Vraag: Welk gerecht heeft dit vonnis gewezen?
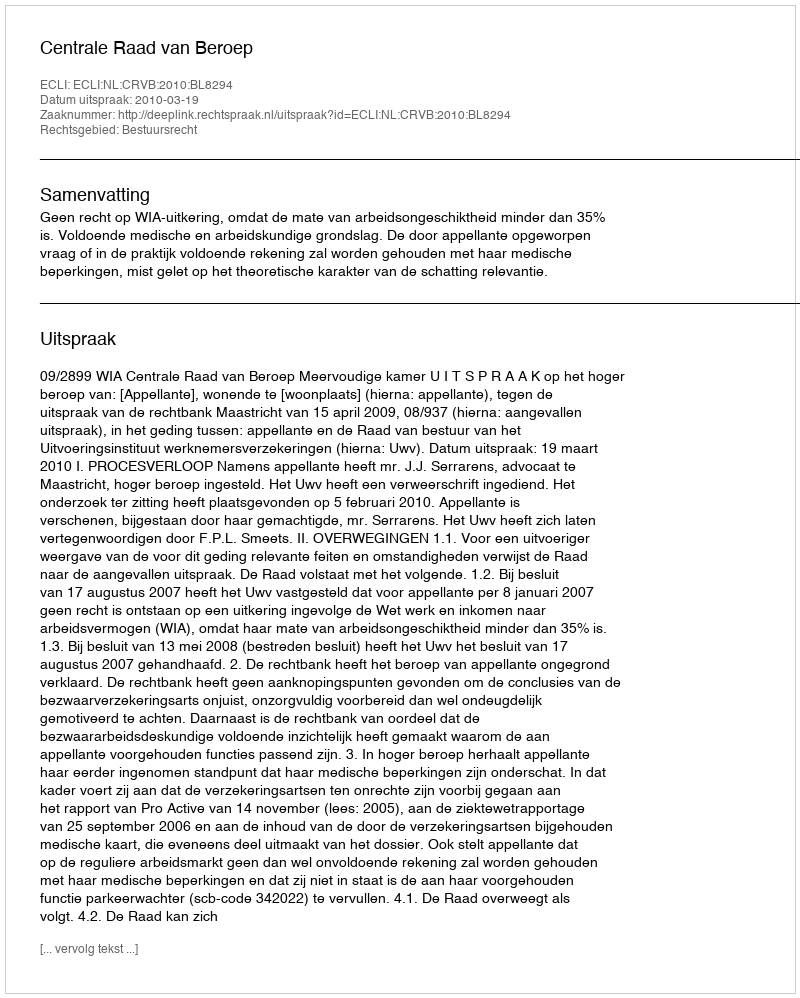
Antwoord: Centrale Raad van Beroep